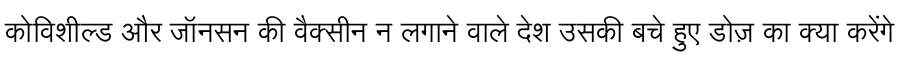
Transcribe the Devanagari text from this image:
कोविशील्ड और जॉनसन की वैक्सीन न लगाने वाले देश उसकी बचे हुए डोज़ का क्या करेंगे